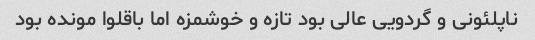
ناپلئونی و گردویی عالی بود تازه و خوشمزه اما باقلوا مونده بود